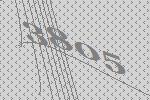
3805